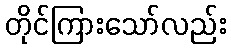
တိုင်ကြားသော်လည်း